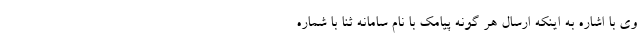
وی با اشاره به اینکه ارسال هر گونه پیامک با نام سامانه ثنا با شماره